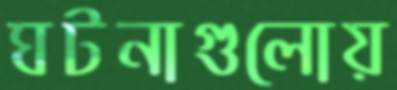
ঘটনাগুলোয়